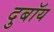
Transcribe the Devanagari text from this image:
दुबॉय